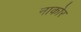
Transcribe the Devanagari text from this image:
नाकोर